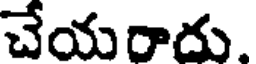
చేయరాదు.